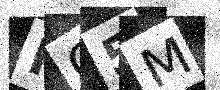
Text: FO5M